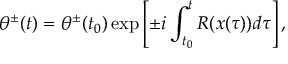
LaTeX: \theta ^ { \pm } ( t ) = \theta ^ { \pm } ( t _ { 0 } ) \exp \left[ \pm i \int _ { t _ { 0 } } ^ { t } R ( x ( \tau ) ) d \tau \right] ,